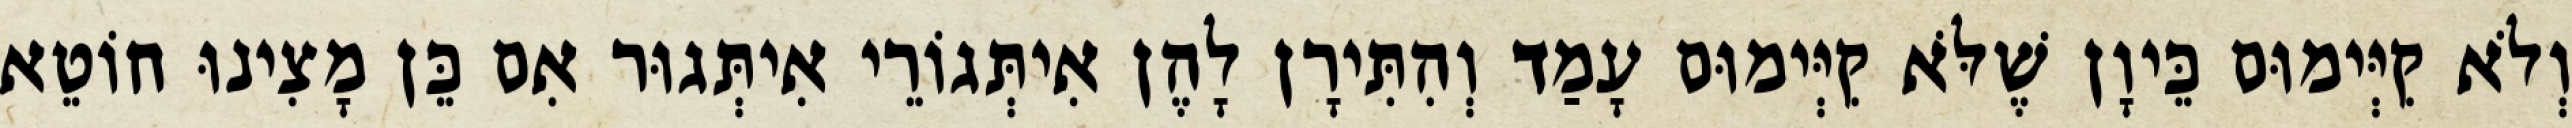
וְלֹא קִיְּימוּם כֵּיוָן שֶׁלֹּא קִיְּימוּם עָמַד וְהִתִּירָן לָהֶן אִיתְּגוֹרֵי אִיתְּגוּר אִם כֵּן מָצִינוּ חוֹטֵא